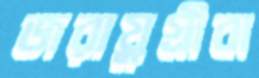
জরায়ুগ্রীবা